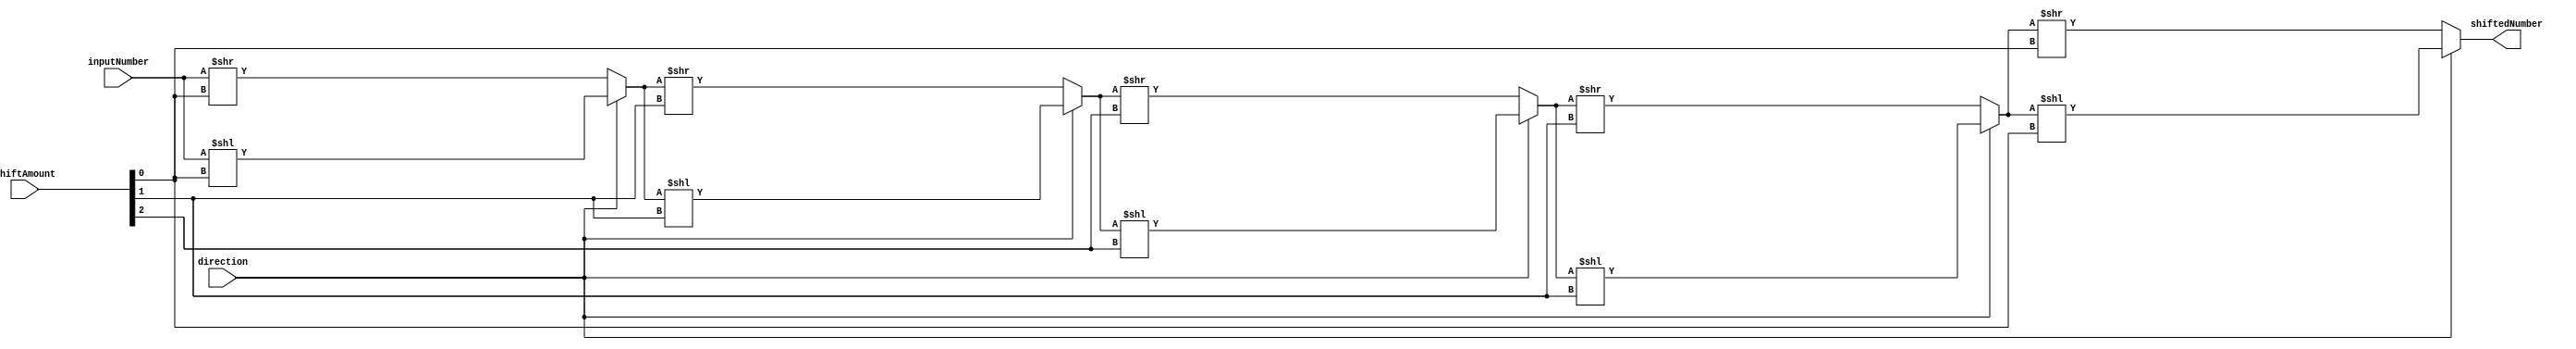
module BarrelShifter(
    input [7:0] inputNumber,
    input [2:0] shiftAmount,
    input direction,
    output reg [7:0] shiftedNumber
);

reg [7:0] stage1, stage2, stage3, stage4, stage5;

always @(*)
begin
    stage1 = (direction) ? (inputNumber << shiftAmount[0]) : (inputNumber >> shiftAmount[0]);
    stage2 = (direction) ? (stage1 << shiftAmount[1]) : (stage1 >> shiftAmount[1]);
    stage3 = (direction) ? (stage2 << shiftAmount[2]) : (stage2 >> shiftAmount[2]);
    stage4 = (direction) ? (stage3 << shiftAmount[1]) : (stage3 >> shiftAmount[1]);
    stage5 = (direction) ? (stage4 << shiftAmount[0]) : (stage4 >> shiftAmount[0]);
    
    shiftedNumber = stage5;
end

endmodule